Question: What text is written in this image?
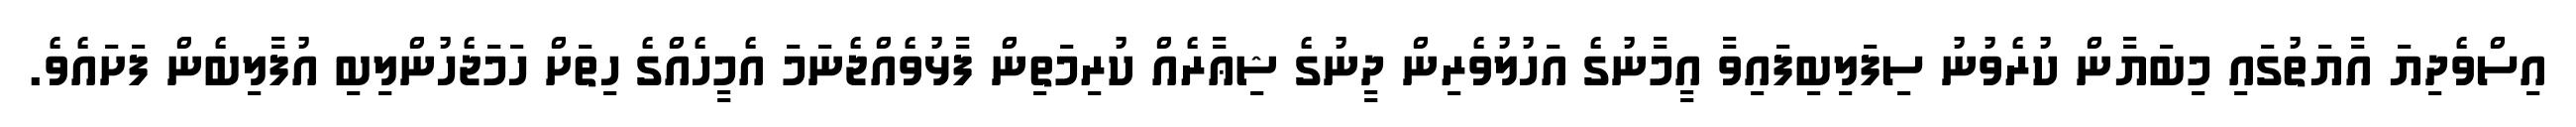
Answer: އިސްވެދިޔަ އާޔަތުގައި މިބަޔާން ކުރެވުނު ސިފަލިބިފައިވާ އީމާނުގެ އަހުލުވެރިން ދީނުގެ ޝިޢާރެއް ކުރިމަތިން ފާޅުވެއްޖެނަމަ އެމީހެއްގެ ހިތަށް ހަމަޖެހުންލިބި އުފާލިބެން ފަށައެވެ.